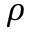
\rho